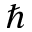
\hbar